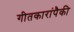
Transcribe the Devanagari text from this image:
गीतकारांपैकी